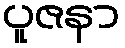
ပူဇနာ